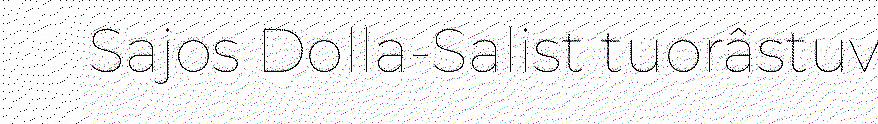
Sajos Dolla-Salist tuorâstuv